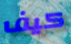
كيف